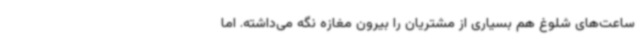
ساعت‌های شلوغ هم بسیاری از مشتریان را بیرون مغازه نگه می‌داشته. اما